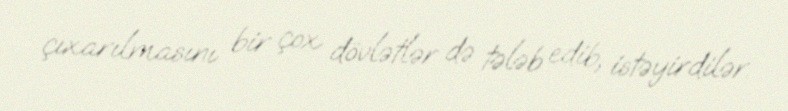
çıxarılmasını bir çox dövlətlər də tələb edib, istəyirdilər.